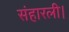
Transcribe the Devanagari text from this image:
संहारली।